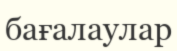
бағалаулар